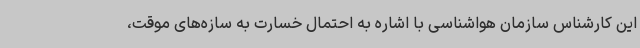
این کارشناس سازمان هواشناسی با اشاره به احتمال خسارت به سازه‌های موقت،